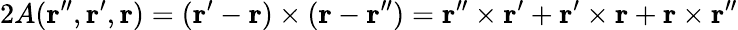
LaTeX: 2A({\mathbf r^{\prime\prime}},{\mathbf r^{\prime}},{\mathbf r})=({\mathbf r}^{\prime}-{\mathbf r})\times({\mathbf r}-{\mathbf r}^{\prime\prime})={\mathbf r}^{\prime\prime}\times{\mathbf r}^{\prime}+{\mathbf r}^{\prime}\times{\mathbf r}+{\mathbf r}\times{\mathbf r}^{\prime\prime}